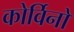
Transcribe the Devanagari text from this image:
कोर्विनो